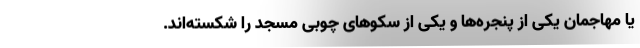
یا مهاجمان یکی از پنجره‌ها و یکی از سکوهای چوبی مسجد را شکسته‌اند.